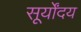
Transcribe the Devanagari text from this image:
सूर्योंदय